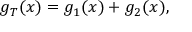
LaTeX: g _ { T } ( x ) = g _ { 1 } ( x ) + g _ { 2 } ( x ) ,